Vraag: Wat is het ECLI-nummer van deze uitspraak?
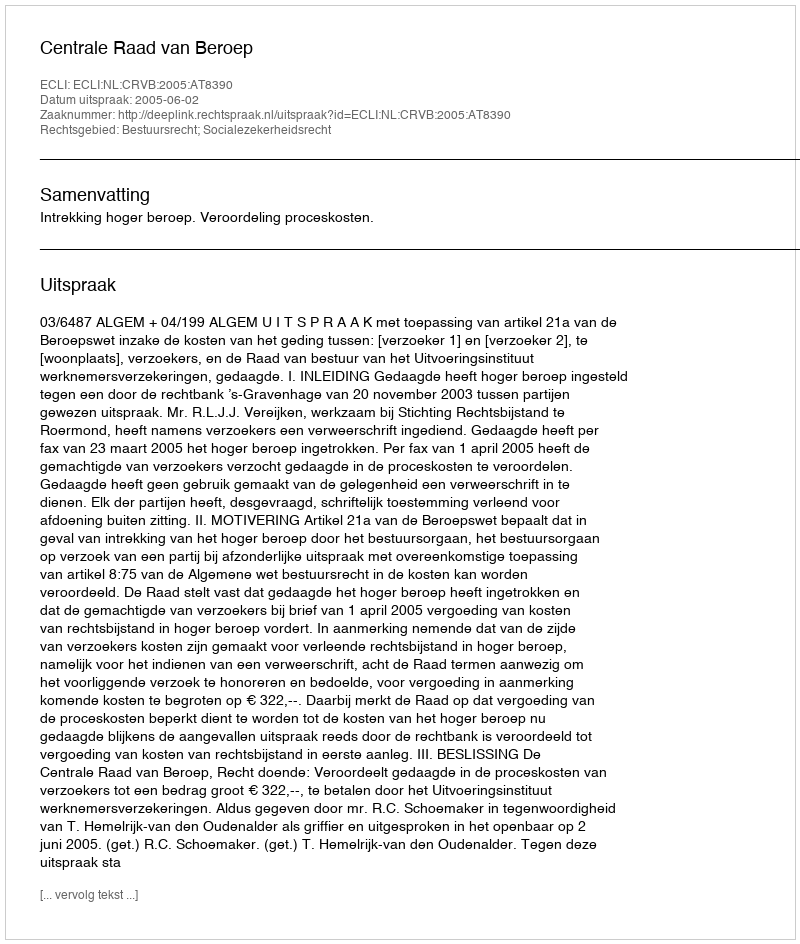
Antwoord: ECLI:NL:CRVB:2005:AT8390